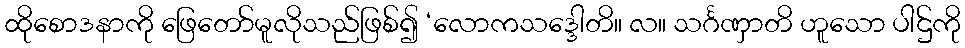
ထိုစောဒနာကို ဖြေတော်မူလိုသည်ဖြစ်၍ ‘လောကသဒ္ဒေါတိ။ လ။ သင်္ဂဏှာတိ ဟူသော ပါဌ်ကို